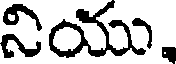
నియు.